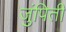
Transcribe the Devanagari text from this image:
जुंपिती